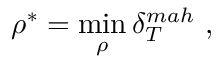
\rho ^ { * } = \operatorname* { m i n } _ { \rho } \delta _ { T } ^ { m a h } \ ,